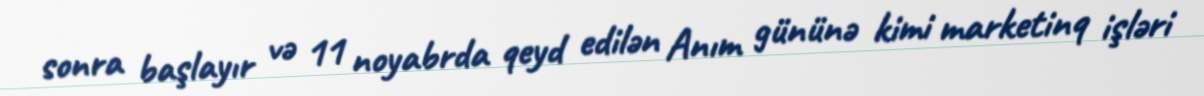
sonra başlayır və 11 noyabrda qeyd edilən Anım gününə kimi marketinq işləri